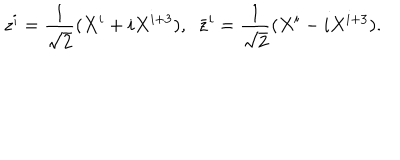
z ^ { i } = \frac { 1 } { \sqrt { 2 } } ( X ^ { i } + i X ^ { i + 3 } ) , ~ ~ \bar { z } ^ { i } = \frac { 1 } { \sqrt { 2 } } ( X ^ { i } - i X ^ { i + 3 } ) .